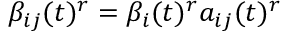
\beta _ { i j } ( t ) ^ { r } = \beta _ { i } ( t ) ^ { r } a _ { i j } ( t ) ^ { r }